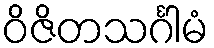
ဝိဇိတသင်္ဂါမံ